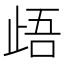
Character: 𭭢